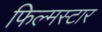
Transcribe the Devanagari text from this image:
फिल्मस्टार